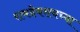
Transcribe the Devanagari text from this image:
रामदेवरायच्या